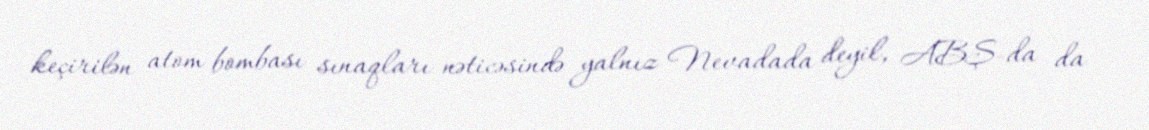
keçirilən atom bombası sınaqları nəticəsində yalnız Nevadada deyil, ABŞ-da da